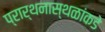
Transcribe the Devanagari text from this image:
प्रार्थनास्थळांकडे